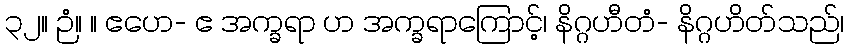
၃၂။ ဉံ။ ။ ဧဟေ- ဧ အက္ခရာ ဟ အက္ခရာကြောင့်၊ နိဂ္ဂဟီတံ- နိဂ္ဂဟိတ်သည်၊